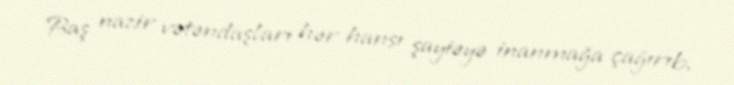
Baş nazir vətəndaşları hər hansı şayiəyə inanmağa çağırıb.